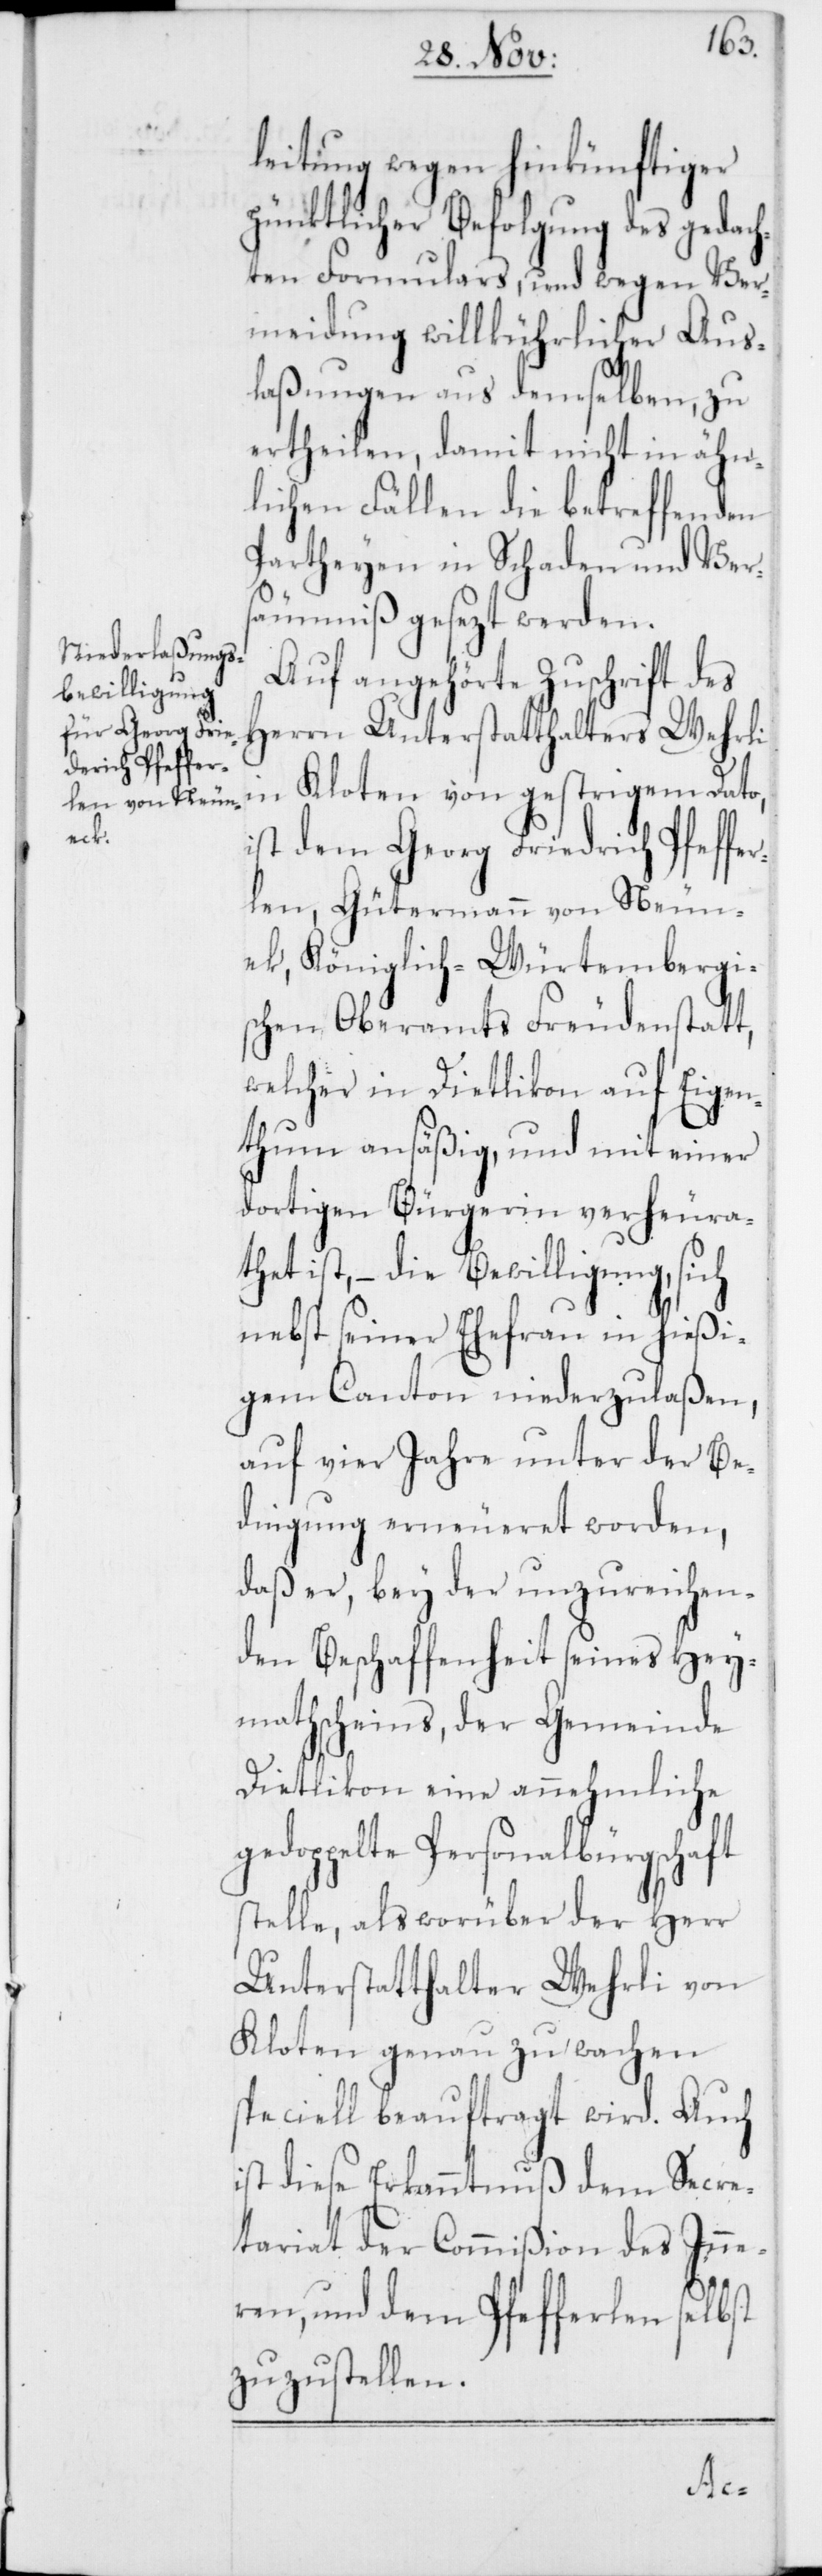
ek

leitung wegen hinkünftiger
pünktlicher Befolgung des gedach¬
ten Formulars, und wegen Ver¬
meidung willkührlicher Aus¬
laßungen aus demselben, zu
ertheilen, damit nicht in ähn¬
lichen Fällen die betreffenden
Partheyen in Schaden und Vers¬
äumniß gesezt werden.
Auf angehörte Zuschrift des
Herrn Unterstatthalters Wehrli
in Kloten vom gestrigem Dato,
ist dem Georg Friedrich Pfeffer¬
len, Gütermann von Neun¬
c!], Königlich-Würtembergi¬
schen Oberamts Freudenstatt,
welcher in Dietlikon auf Eigen¬
thum ansäßig, und mit einer
dortigen Bürgerin verheura¬
thet ist, – die Bewilligung, sich
nebst seiner Ehefrau in hießi¬
gem Canton niederzulaßen,
auf vier Jahre unter der Be¬
dingung erneueret worden,
daß er, bey der unzureichen¬
den Beschaffenheit seines Hey¬
mathscheins, der Gemeinde
Dietlikon eine annehmliche
gedoppelte Personalbürgschaft
stelle, als worüber der Herr
Unterstatthalter Wehrli von
Kloten genau zu wachen
speciell beauftragt wird. Auch
ist diese Erkanntnuß dem Secre¬
tariat der Commißion des Inne¬
ren, und dem Pfefferlen selbst
zuzustellen.
[si¬